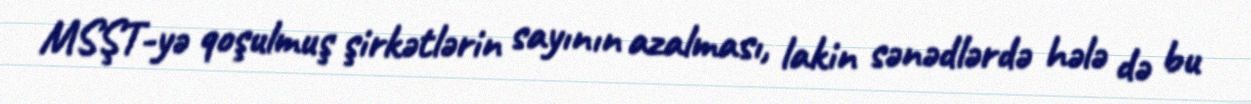
MSŞT-yə qoşulmuş şirkətlərin sayının azalması, lakin sənədlərdə hələ də bu